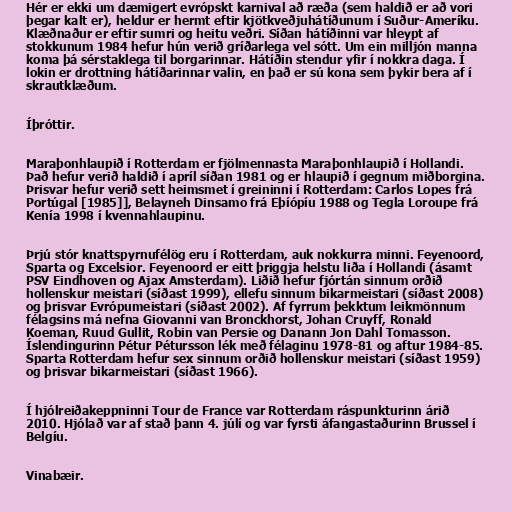
Hér er ekki um dæmigert evrópskt karnival að ræða (sem haldið er að vori
þegar kalt er), heldur er hermt eftir kjötkveðjuhátíðunum í Suður-Ameríku.
Klæðnaður er eftir sumri og heitu veðri. Síðan hátíðinni var hleypt af
stokkunum 1984 hefur hún verið gríðarlega vel sótt. Um ein milljón manna
koma þá sérstaklega til borgarinnar. Hátíðin stendur yfir í nokkra daga. Í
lokin er drottning hátíðarinnar valin, en það er sú kona sem þykir bera af í
skrautklæðum.

Íþróttir.

Maraþonhlaupið í Rotterdam er fjölmennasta Maraþonhlaupið í Hollandi.
Það hefur verið haldið í apríl síðan 1981 og er hlaupið í gegnum miðborgina.
Þrisvar hefur verið sett heimsmet í greininni í Rotterdam: Carlos Lopes frá
Portúgal [1985]], Belayneh Dinsamo frá Eþíópíu 1988 og Tegla Loroupe frá
Kenía 1998 í kvennahlaupinu.

Þrjú stór knattspyrnufélög eru í Rotterdam, auk nokkurra minni. Feyenoord,
Sparta og Excelsior. Feyenoord er eitt þriggja helstu liða í Hollandi (ásamt
PSV Eindhoven og Ajax Amsterdam). Liðið hefur fjórtán sinnum orðið
hollenskur meistari (síðast 1999), ellefu sinnum bikarmeistari (síðast 2008)
og þrisvar Evrópumeistari (síðast 2002). Af fyrrum þekktum leikmönnum
félagsins má nefna Giovanni van Bronckhorst, Johan Cruyff, Ronald
Koeman, Ruud Gullit, Robin van Persie og Danann Jon Dahl Tomasson.
Íslendingurinn Pétur Pétursson lék með félaginu 1978-81 og aftur 1984-85.
Sparta Rotterdam hefur sex sinnum orðið hollenskur meistari (síðast 1959)
og þrisvar bikarmeistari (síðast 1966).

Í hjólreiðakeppninni Tour de France var Rotterdam ráspunkturinn árið
2010. Hjólað var af stað þann 4. júlí og var fyrsti áfangastaðurinn Brussel í
Belgíu.

Vinabæir.